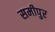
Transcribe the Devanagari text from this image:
समीपुर